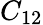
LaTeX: C_{12}